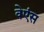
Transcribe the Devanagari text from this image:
वेएंस